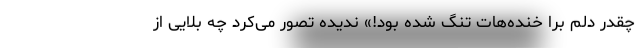
چقدر دلم برا خنده‌هات تنگ شده بود!» ندیده تصور می‌کرد چه بلایی از